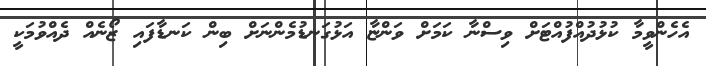
އެހެންވީމާ ކުޅުދުއްފުއްޓަށް ވިސްނާ ކަމަށް ވަންޏާ އަޅުގަނޑުމެންނަށް ބިން ކަނޑާފައި ޒޯނެއް ދެއްވުމަކީ